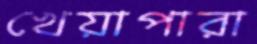
খেয়াপারা